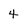
Character: 4